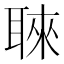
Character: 𮋳